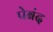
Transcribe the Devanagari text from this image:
पेबंद